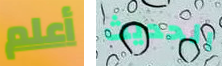
أعلم الحديث